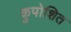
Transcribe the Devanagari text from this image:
कुपोशित